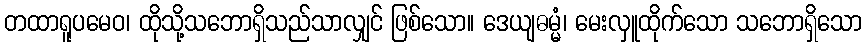
တထာရူပမေဝ၊ ထိုသို့သဘောရှိသည်သာလျှင် ဖြစ်သော။ ဒေယျဓမ္မံ၊ မေးလှူထိုက်သော သဘောရှိသော